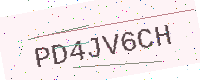
Text: PD4JV6CH